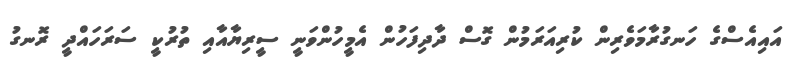
އައިއެސްގެ ހަނގުރާމަވެރިން ކުރިއަރަމުން ގޮސް ދާދިފަހުން އެމީހުންވަނީ ސީރިޔާއާއި ތުރުކީ ސަރަހައްދީ ރޮނގު